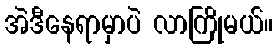
အဲဒီနေရာမှာပဲ လာကြိုမယ်။